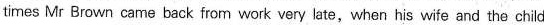
times Mr Brown came back from work very late,when his wife and the child